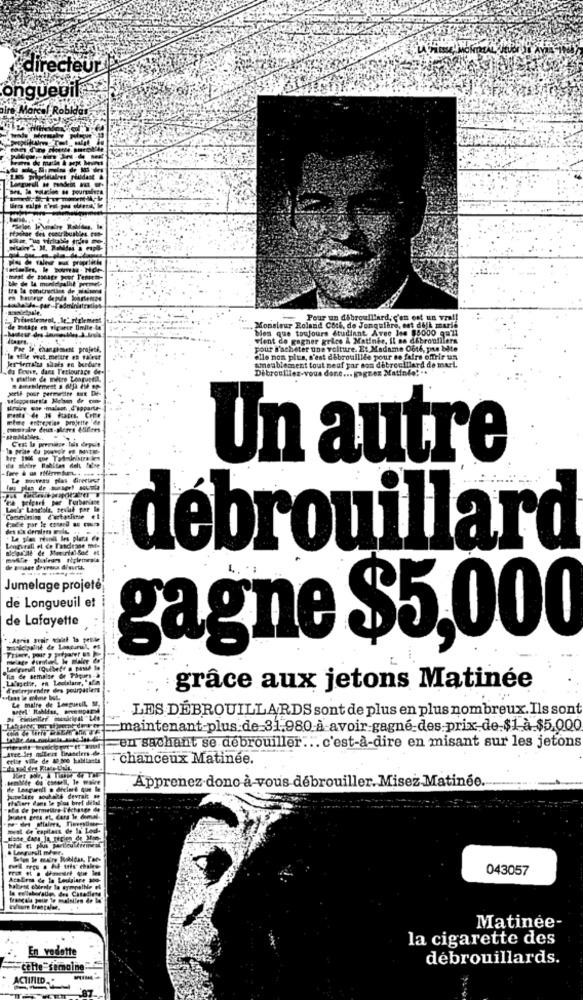
directeur
ongueDif
el Robidas
Pour un dibrouillard, c'en est un vra !!
bien que toujours étudiant Avec les $8000 qu'il
Monsieur Roland Cock, de Jongulbre, est dell marie
vient de gagner grice À Matinée, Il se débroufilera
e le changement projetk.
pour S'acheter une volture. Et Madame Ofte, pre bate
Jes derraths shots en bordure
elle non plus, s'est débrouille pour se faire offrir un
da Bouve, dans Teslourage de-
ameublement tout neaf yar com debrouillard de mart.
Débrouillez-vous done ... Egez
Un autre
Los'y' Langtole, Bevlad por
det Ils deralens Fo
La plan pevnik les plans de
Let de Fandrane mit-
debrouillard
--
Jumelage projeté
de Longueuil et
de Lafayette
gagne $5,000
"Ils de semalse de Phours-a
drafreprendre des pourparlers
grâce aux jetons Matinée
Le maire de Longueuil, M.
LES DÉBROUILLARDS sont de plus en plus nombreux. Ils sont
conielter
maintenant-plus de-31,980-à-avoir-gagné des prix-de.$1 à $5,000
en sachant se débrouiller ... c'est-à-dire en misant sur les jetons
chanceux Matinee.
Apprenez dono à-vous débrouiller. Misez Matinee.
043057
Matinée-
la cigarette des
En vedette
débrouillards.
cette semaine"
ACTIFID ..